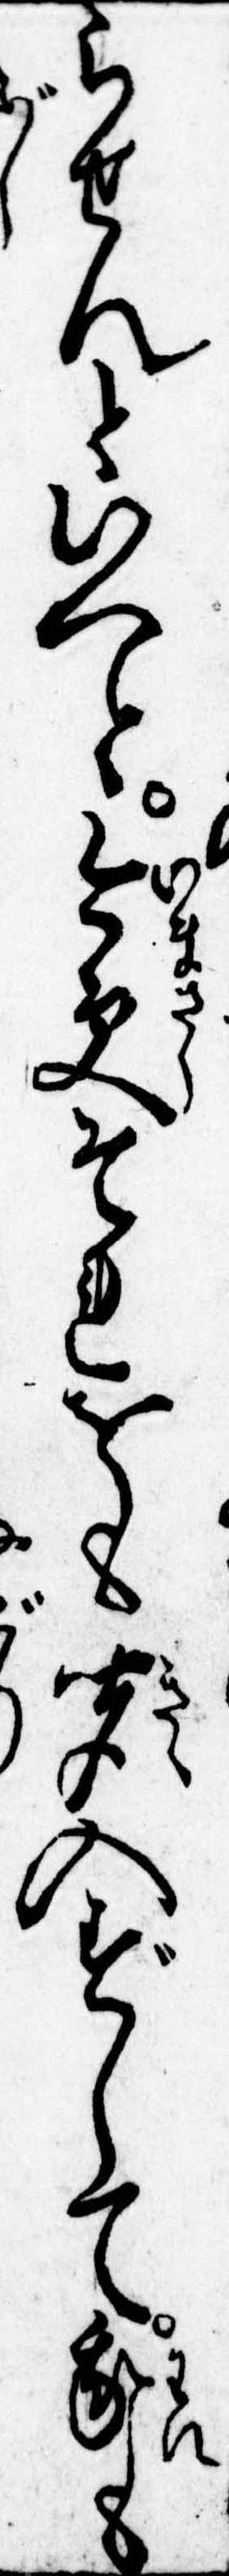
らせんといへと今更それをも聞入ずして我も